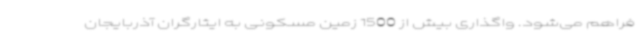
فراهم می‌شود. واگذاری بیش از 1500 زمین مسکونی به ایثارگران آذربایجان